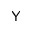
\mathsf { Y }